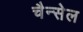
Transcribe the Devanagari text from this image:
चैन्सेल